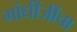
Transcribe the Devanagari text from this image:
गांधींजींचा